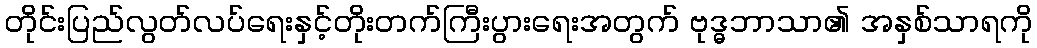
တိုင်းပြည်လွတ်လပ်ရေးနှင့်တိုးတက်ကြီးပွားရေးအတွက် ဗုဒ္ဓဘာသာ၏ အနှစ်သာရကို